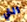
التي